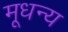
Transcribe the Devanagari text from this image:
मूधन्य